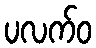
ပလက်ဝ